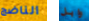
الناضج وابل